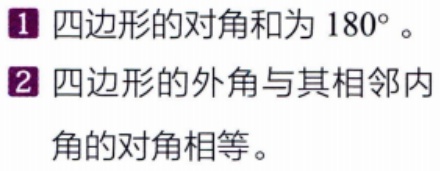
1. 四边形的对角和为 \(180^{\circ}\)。
2. 四边形的外角与其相邻内角的对角相等。